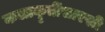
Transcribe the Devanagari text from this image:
कलाकॄतींसारखी